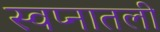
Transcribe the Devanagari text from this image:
स्वप्नातली